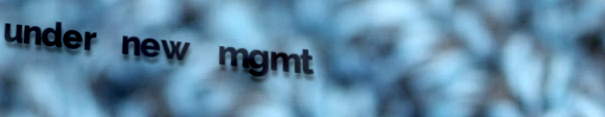
under new mgmt